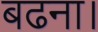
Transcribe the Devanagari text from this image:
बढना।